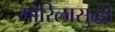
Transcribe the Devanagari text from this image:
गोरिलासुद्धा